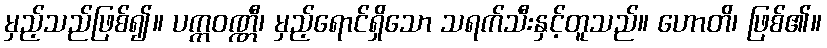
မှည့်သည်ဖြစ်၍။ ပက္ကဝဏ္ဏီ၊ မှည့်ရောင်ရှိသော သရက်သီးနှင့်တူသည်။ ဟောတိ၊ ဖြစ်၏။